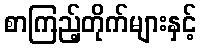
စာကြည့်တိုက်များနှင့်